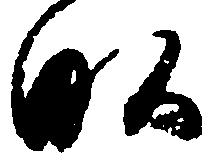
畝